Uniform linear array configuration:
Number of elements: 48
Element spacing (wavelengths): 0.25
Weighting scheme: uniform
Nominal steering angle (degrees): -60
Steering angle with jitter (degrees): -58.076
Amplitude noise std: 0.05
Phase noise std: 0.05

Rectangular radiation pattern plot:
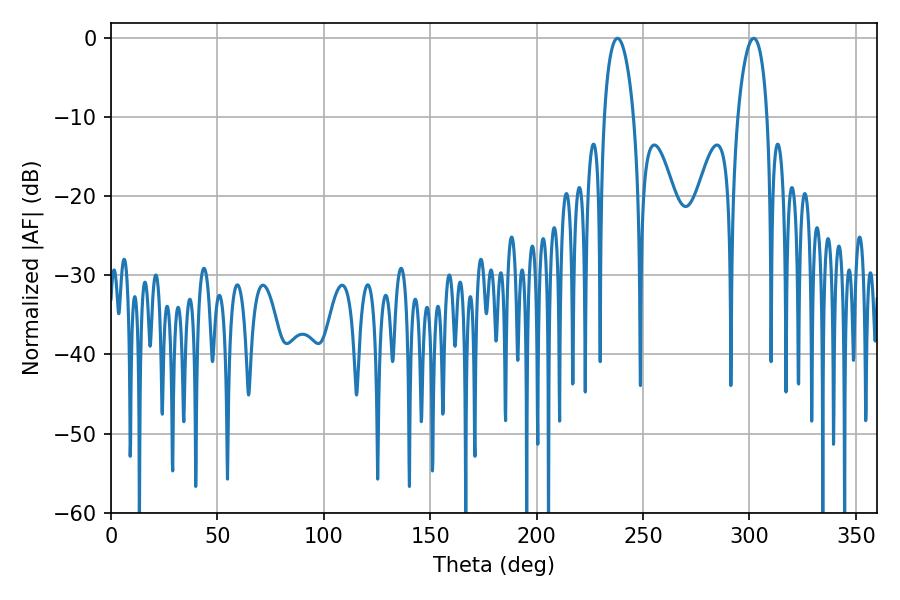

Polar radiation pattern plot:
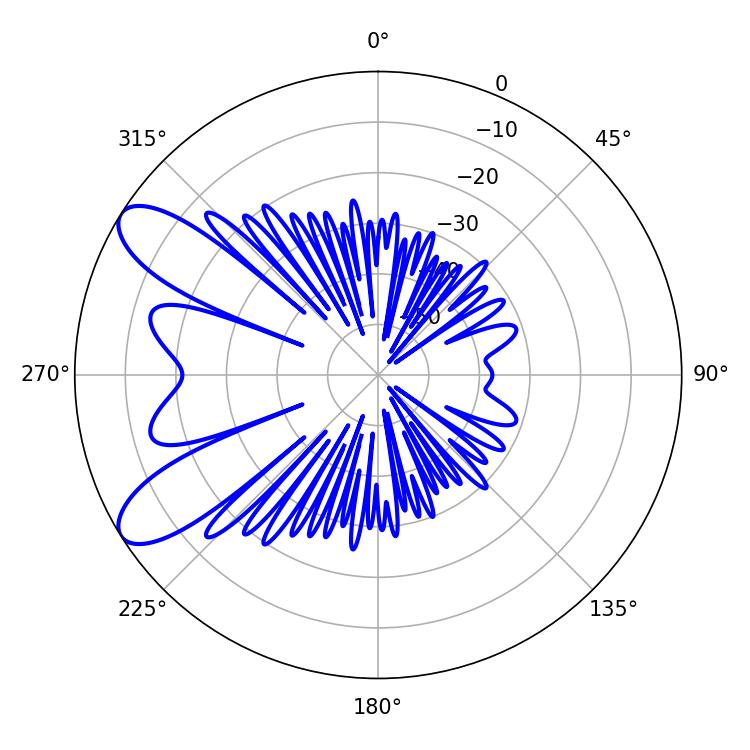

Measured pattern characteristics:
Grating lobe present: FALSE
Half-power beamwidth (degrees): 7.92
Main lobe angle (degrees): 237.96